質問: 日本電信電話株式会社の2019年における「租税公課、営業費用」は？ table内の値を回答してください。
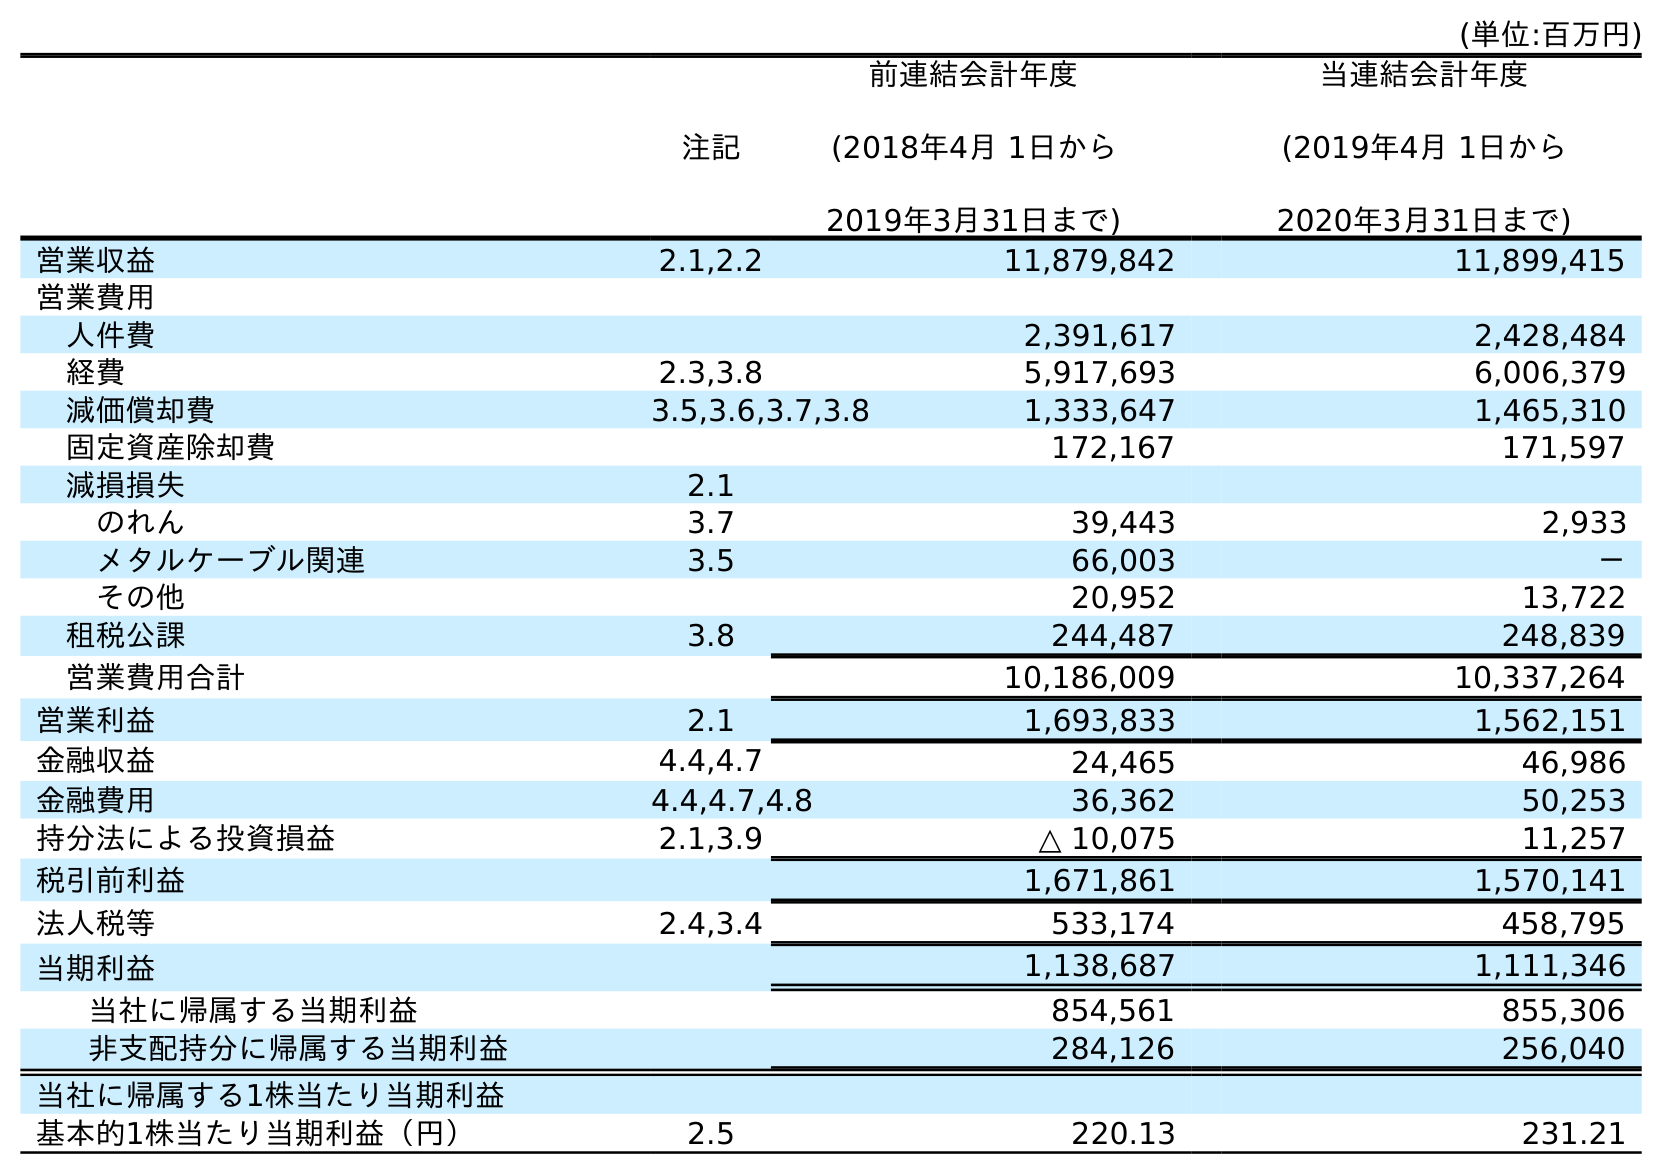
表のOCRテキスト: (単位:百万円) 注記 前連結会計年度 (2018年4月 1日から 2019年3月31日まで) 当連結会計年度 (2019年4月 1日から 2020年3月31日まで) 営業収益 2.1,2.2 11,879,842 11,899,415 営業費用 人件費 2,391,617 2,428,484 経費 2.3,3.8 5,917,693 6,006,379 減価償却費 3.5,3.6,3.7,3.8 1,333,647 1,465,310 固定資産除却費 172,167 171,597 減損損失 2.1 のれん 3.7 39,443 2,933 メタルケーブル関連 3.5 66,003 － その他 20,952 13,722 租税公課 3.8 244,487 248,839 営業費用合計 10,186,009 10,337,264 営業利益 2.1 1,693,833 1,562,151 金融収益 4.4,4.7 24,465 46,986 金融費用 4.4,4.7,4.8 36,362 50,253 持分法による投資損益 2.1,3.9 △ 10,075 11,257 税引前利益 1,671,861 1,570,141 法人税等 2.4,3.4 533,174 458,795 当期利益 1,138,687 1,111,346 当社に帰属する当期利益 854,561 855,306 非支配持分に帰属する当期利益 284,126 256,040 当社に帰属する1株当たり当期利益 基本的1株当たり当期利益（円） 2.5 220.13 231.21
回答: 244,487